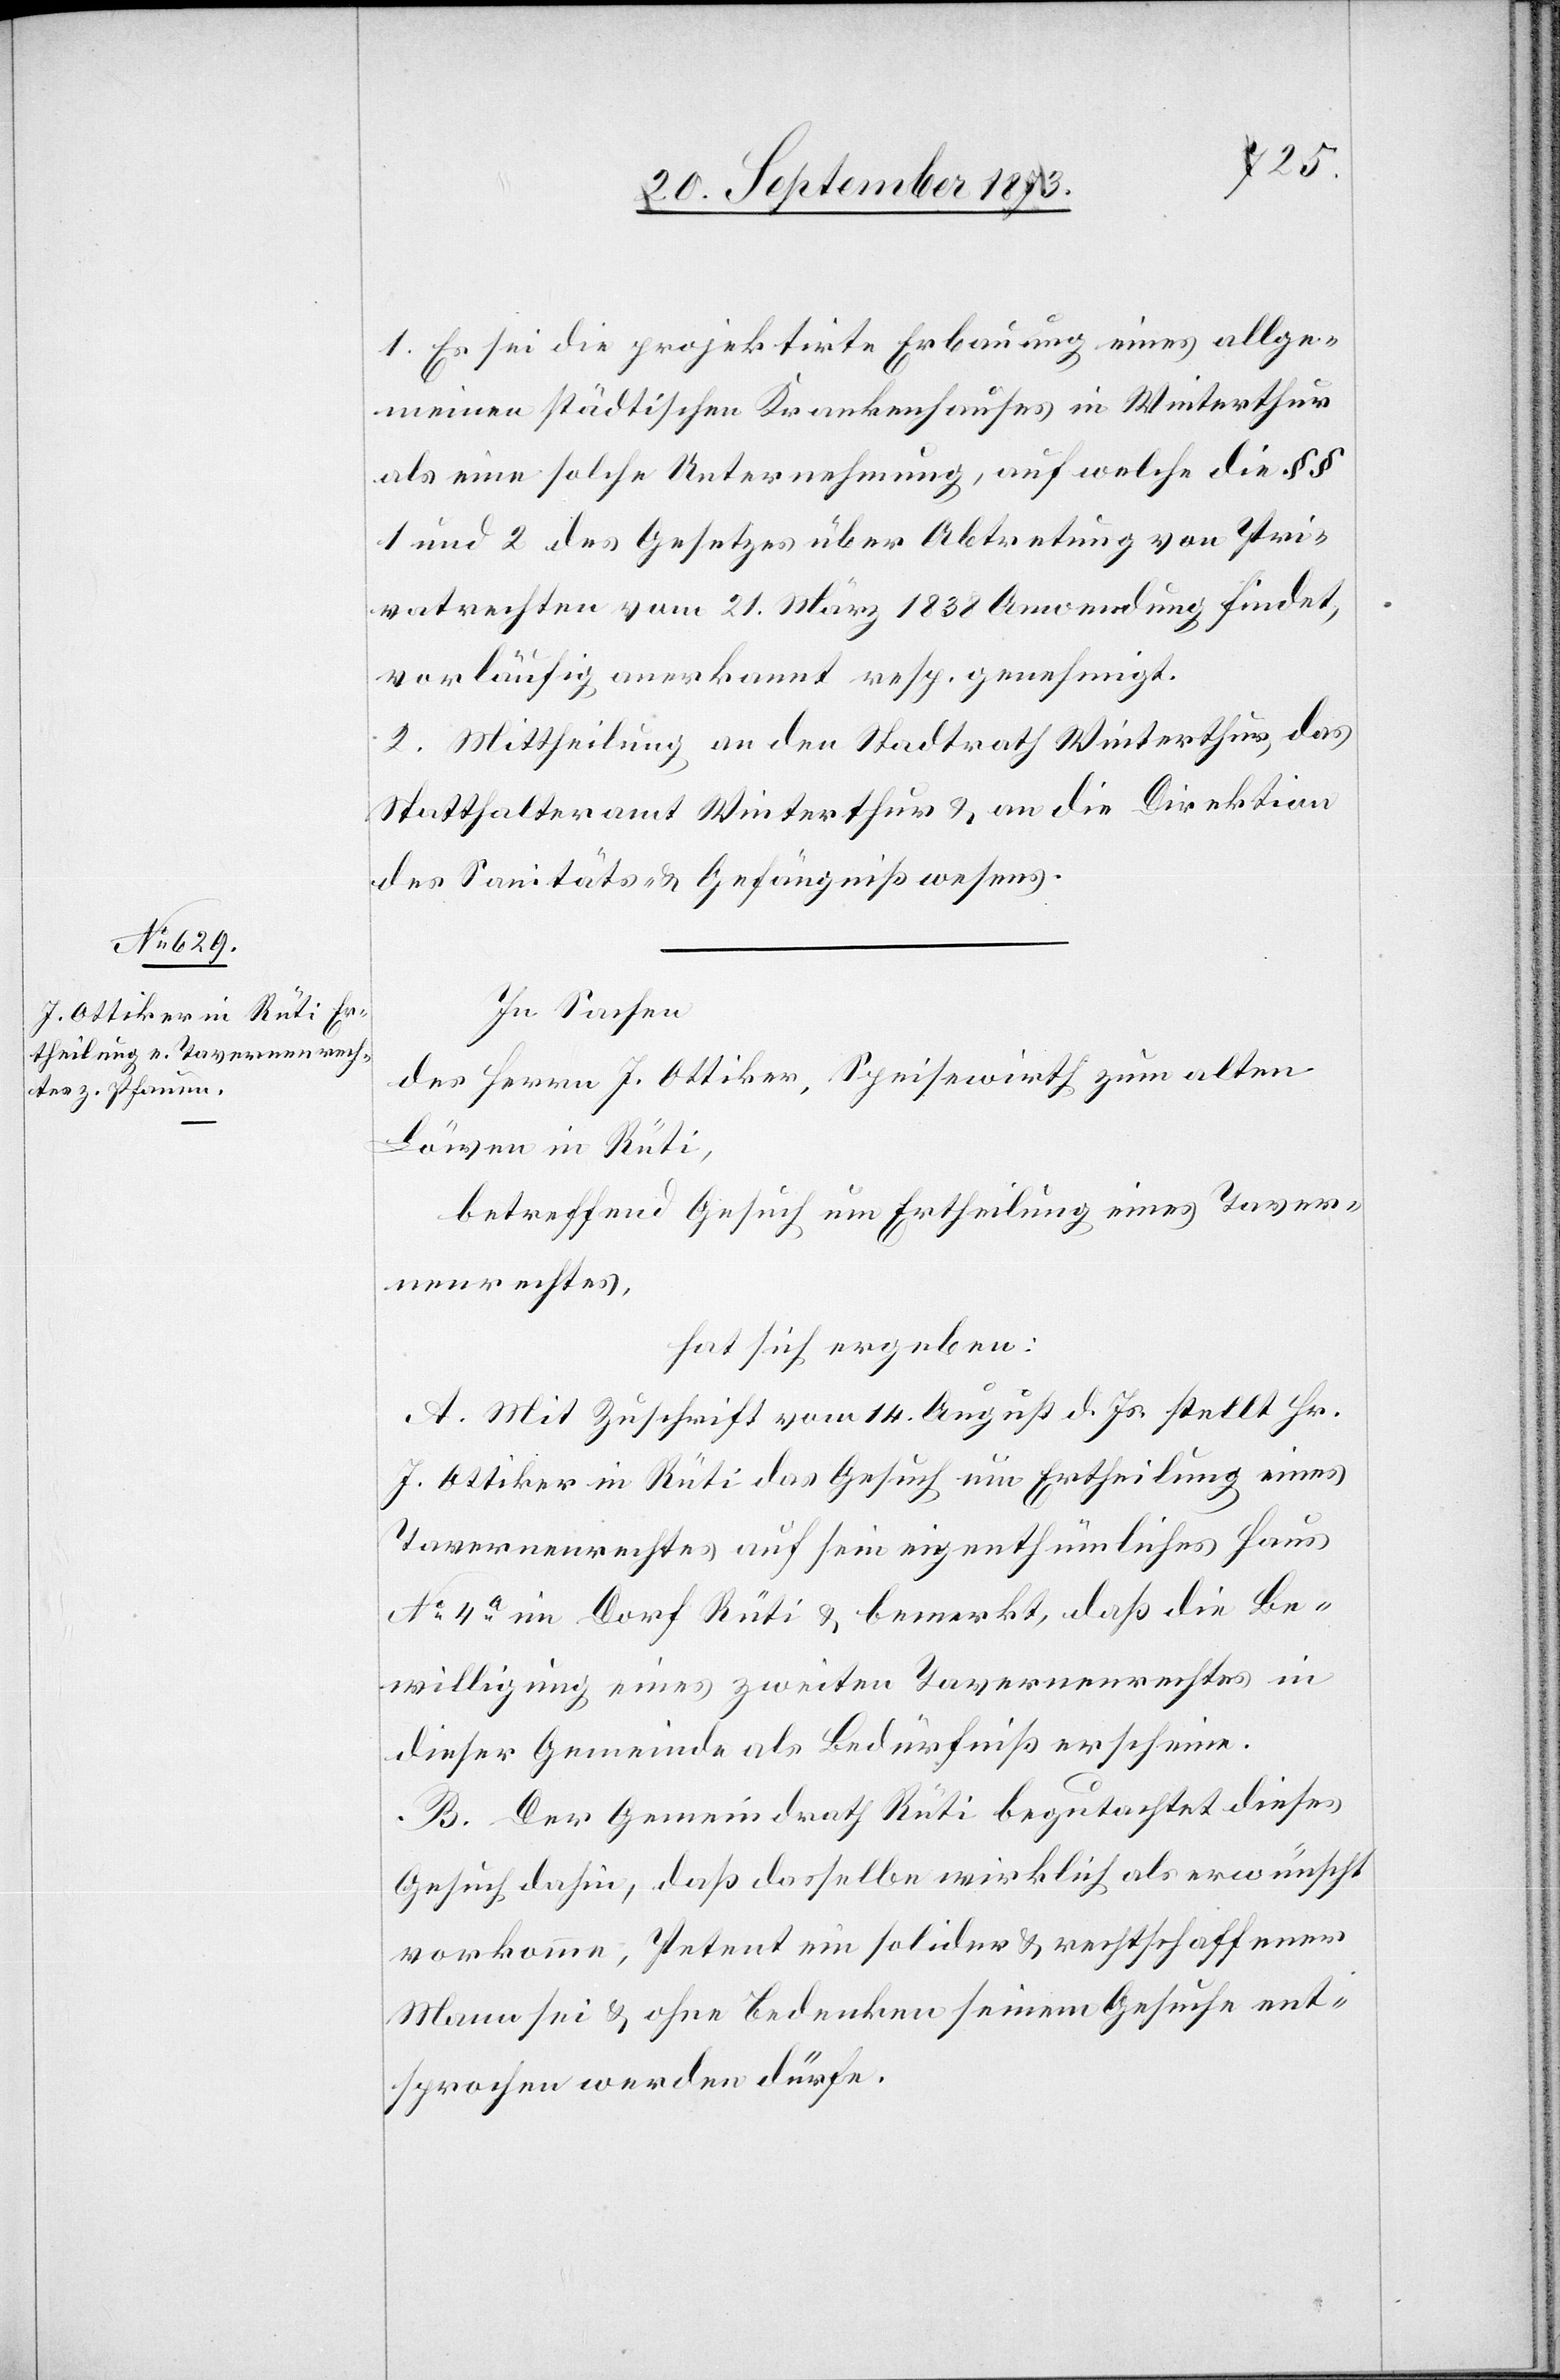
1. Es sei die projektirte Erbauung eines allge¬
meinen städtischen Krankenhauses in Winterthur
als eine solche Unternehmung, auf welche die §§
1 und 2 des Gesetzes über Abtretung von Pri¬
vatrechten vom 21. März 1838 Anwendung findet,
vorläufig anerkannt resp. genehmigt.
2. Mittheilung an den Stadtrath Winterthur, das
Statthalteramt Winterthur & an die Direktion
des Sanitäts- & Gefängnißwesens.
In Sachen
des Herrn J. Ottiker, Speisewirth zum alten
Löwen in Rüti,
betreffend Gesuch um Ertheilung eines Taver¬
nenrechtes,
hat sich ergeben:
A. Mit Zuschrift vom 14. August d. Js. stellt Hr.
J. Ottiker in Rüti das Gesuch um Ertheilung eines
Tavernenrechtes auf sein eigenthümliches Haus
No 4a im Dorf Rüti & bemerkt, daß die Be¬
willigung eines zweiten Tavernenrechtes in
dieser Gemeinde als Bedürfniß erscheine.
B. Der Gemeindrath Rüti begutachtet dieses
Gesuch dahin, daß dasselbe wirklich als erwünscht
vorkomme, Petent ein solider & rechtschaffener
Mann sei & ohne Bedenken seinem Gesuche ent¬
sprochen werden dürfe.